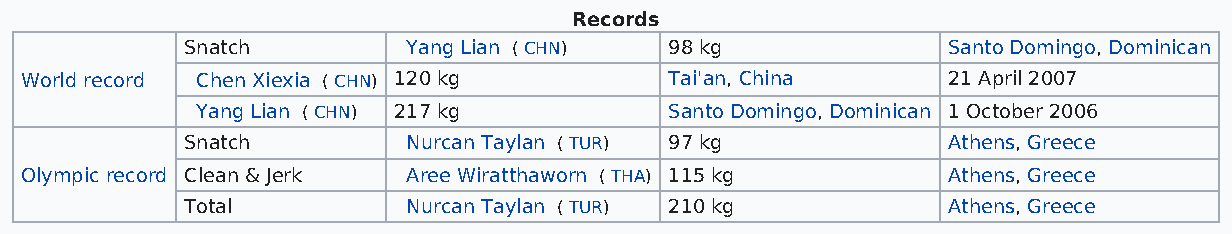
Records
 Snatch         Yang Lian ( CHN) 98 kg              Santo Domingo, Dominican
 World record Chen Xiexia ( CHN) 120 kg     Tai'an, China      21 April 2007
 Yang Lian ( CHN) 217 kg        Santo Domingo, Dominican 1 October 2006
 Snatch         Nurcan Taylan ( TUR) 97 kg          Athens, Greece
 Olympic record Clean & Jerk Aree Wiratthaworn ( THA) 115 kg   Athens, Greece
 Total          Nurcan Taylan ( TUR) 210 kg         Athens, Greece